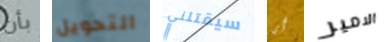
بأن التحويل سيقتلني أي الامير